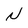
Character: N